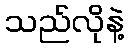
သည်လိုနဲ့